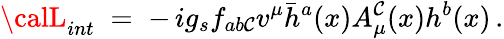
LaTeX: {\calL}_{int}\; =\; -\, ig_{s}f_{ab\mathcal{C}}v^{\mu}\bar{{h}}^{a}(x)A_{\mu}^{\mathcal{C}}(x)h^{b}(x)\, .